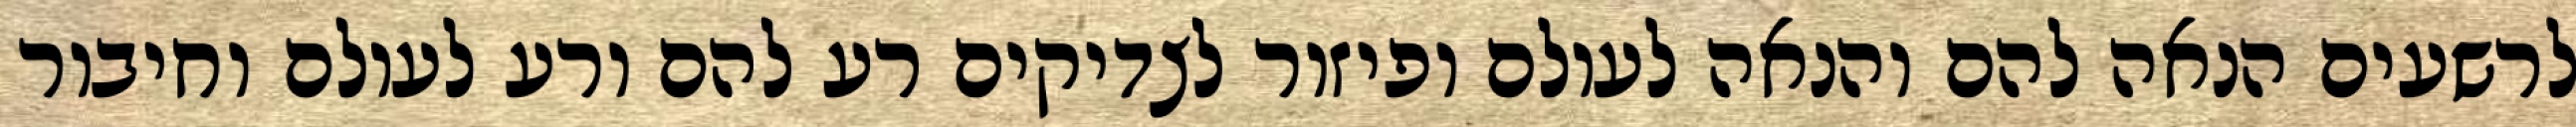
לרשעים הנאה להם והנאה לעולם ופיזור לצדיקים רע להם ורע לעולם וחיבור